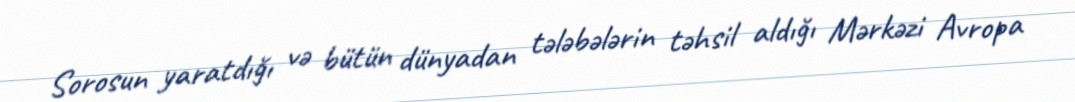
Sorosun yaratdığı və bütün dünyadan tələbələrin təhsil aldığı Mərkəzi Avropa